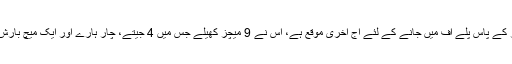
ملتان سلطانز کے پاس پلے آف میں جانے کے لئے آج آخری موقع ہے، اس نے 9 میچز کھیلے جس میں 4 جیتے، چار ہارے اور ایک میچ بارش کی نذر ہوا۔